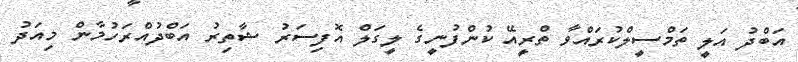
އަބްދު އަލީ ތަމްސީލްކުރައްވާ ތްރީއޭ ކުންފުނީގެ ލީގަލް އޮފިސަރު ޝާތިރު އަބްދުއްރަހުމާން މިއަދު